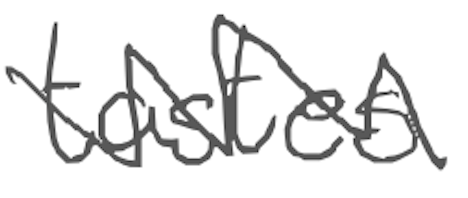
Text: tastes
Cross-out: zig-zag
Writing tool: digital_gray